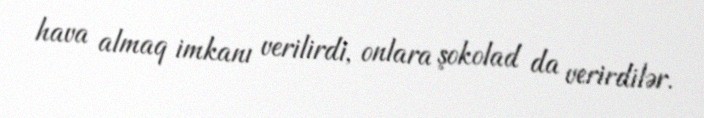
hava almaq imkanı verilirdi, onlara şokolad da verirdilər.